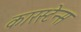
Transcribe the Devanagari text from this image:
कारस्टेन्स